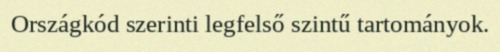
Országkód szerinti legfelső szintű tartományok.